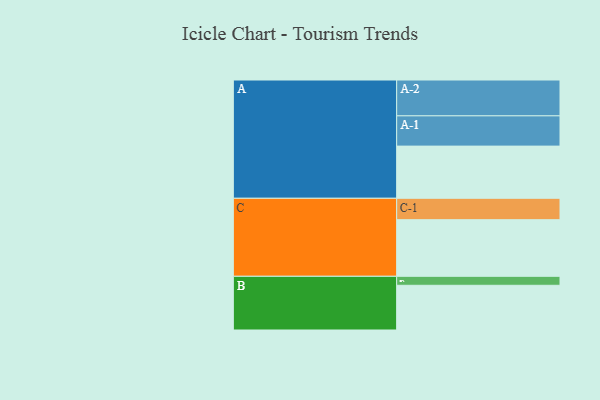
{"axis": {"x": "Segment", "y": "Value"}, "legend": ["", "A", "B", "C"], "data": [{"x": "A", "y": 412, "type": ""}, {"x": "B", "y": 353, "type": ""}, {"x": "C", "y": 447, "type": ""}, {"x": "A-1", "y": 239, "type": "A"}, {"x": "A-2", "y": 283, "type": "A"}, {"x": "B-1", "y": 71, "type": "B"}, {"x": "C-1", "y": 169, "type": "C"}]}